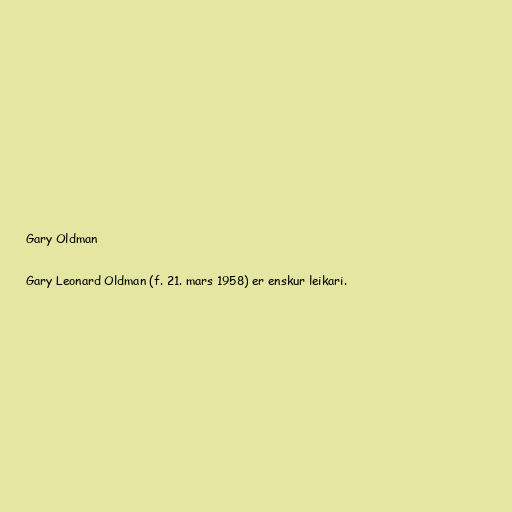
Gary Oldman

Gary Leonard Oldman (f. 21. mars 1958) er enskur leikari.